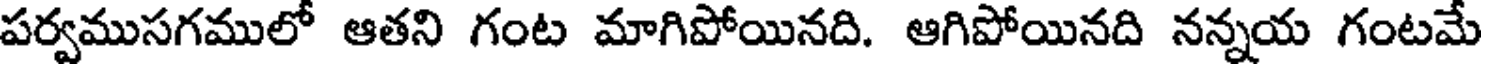
పర్వముసగములో ఆతని గంట మాగిపోయినది. ఆగిపోయినది నన్నయ గంటమే